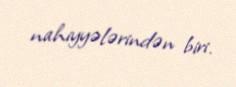
nahiyyələrindən biri.